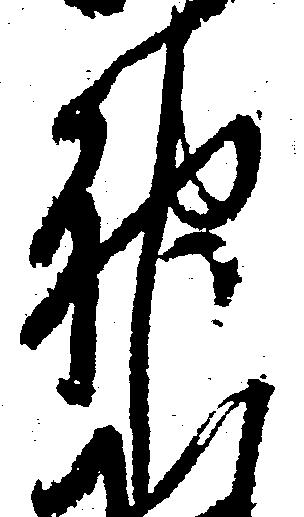
神